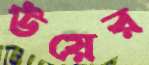
উয়ের